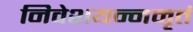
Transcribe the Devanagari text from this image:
निवेशयन्नमृतं